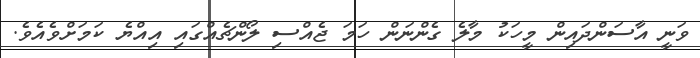
ވަނީ އާސަންދައިން މީހަކު މާލެ ގެންނަން ހަމަ ޖެއްސި ލޯންޗެއްގައި އިއްޔެ ކަމަށްވެއެވެ.